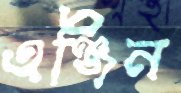
এঞ্জিন